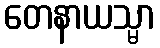
တေနာယသ္မာ